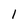
Character: 1